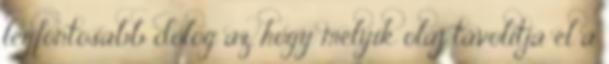
legfontosabb dolog az, hogy melyik olaj távolítja el a